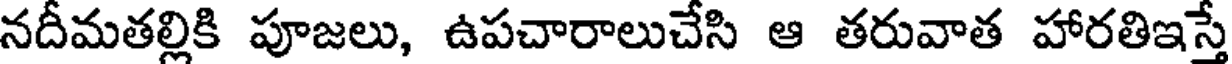
నదీమతల్లికి పూజలు, ఉపచారాలుచేసి ఆ తరువాత హారతిఇస్తే